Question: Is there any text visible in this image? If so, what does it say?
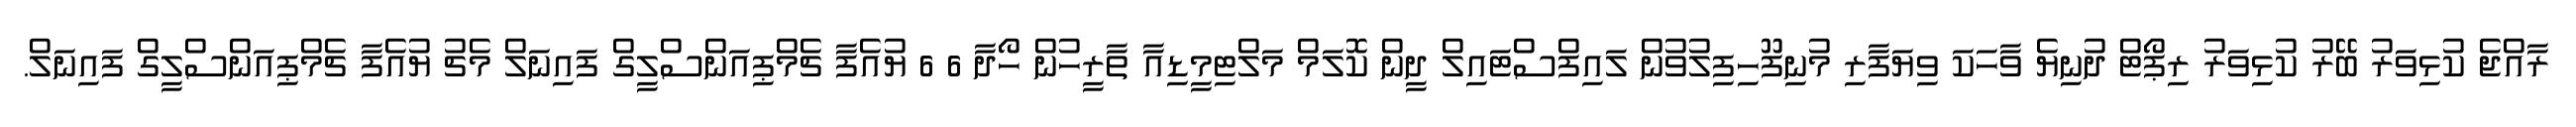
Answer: ރާއްޖެ ކުޅިވަރު ބޭރު ކުޅިވަރު ރިޕޯޓް ދުނިޔެ ވާހަކަ ވިޔަފާރި މުނިފޫހިފިލުވުން ލައިފްސްޓައިލް ދީން ކޮލަމް މަލްޓިމީޑިއާ ތާރީހުން ހޯދާ 6 6 ޔުއެފާ ޗެމްޕިއަންސްލީގް ފައިނަލް މެޗު ޔުއެފާ ޗެމްޕިއަންސްލީގް ފައިނަލް.